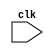
module APB_bus_controller (
    input wire clk,
    // Add additional input and output ports as needed
);

// Module for generating clock signals
// You can implement a clock generator module here

// Module for controlling data transfer between bus and connected components
// You can implement data transfer logic here

// Module for managing the timing of read and write operations
// You can implement read and write operation timing logic here

// Module for arbitration and prioritization of bus requests
// You can implement bus request arbitration and prioritization logic here

endmodule